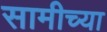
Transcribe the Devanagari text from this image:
सामीच्या